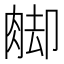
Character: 𦛶